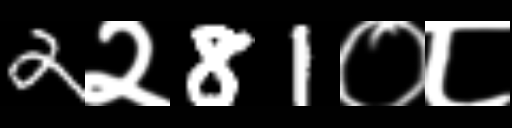
Text: 2२81०८